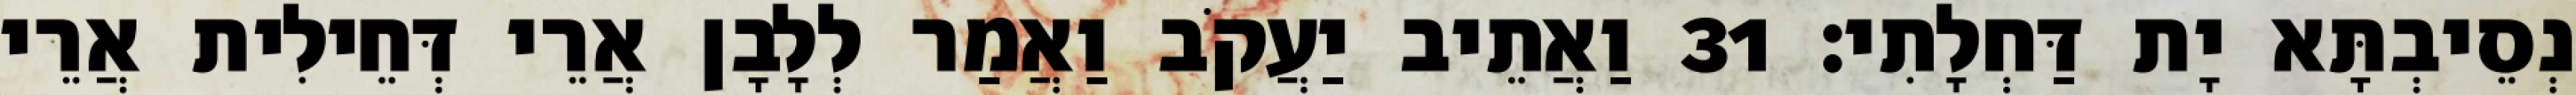
נְסֵיבְתָּא יָת דַּחְלָתִי׃ 31 וַאֲתֵיב יַעֲקֹב וַאֲמַר לְלָבָן אֲרֵי דְּחֵילִית אֲרֵי